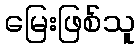
မြေးဖြစ်သူ